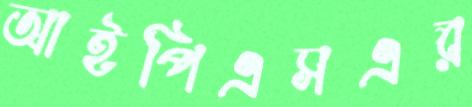
আইপিএসএর